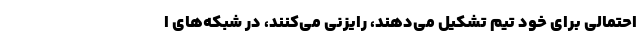
احتمالی برای خود تیم تشکیل می‌دهند، رایزنی می‌کنند، در شبکه‌های ا